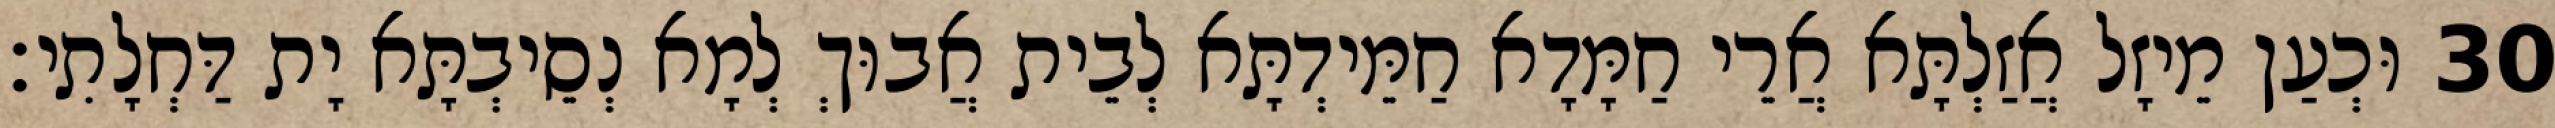
30 וּכְעַן מֵיזָל אֲזַלְתָּא אֲרֵי חַמָּדָא חַמֵּידְתָּא לְבֵית אֲבוּךְ לְמָא נְסֵיבְתָּא יָת דַּחְלָתִי׃